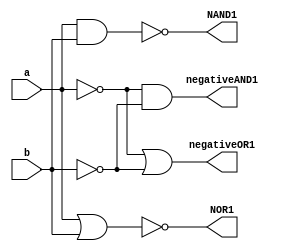
module deMorgan(
    input a,b,
    output NAND1,negativeOR1,NOR1,negativeAND1
);
    wire notA,notB;

    not(notA,a);
    not(notB,b);

    nand(NAND1,a,b);             // ~((a)(b))
    or(negativeOR1,notA,notB);   // (~a)+(~b)

    nor(NOR1,a,b);               // ~(a+b)
    and(negativeAND1,notA,notB); // (~a)(~b)
endmodule

module oneB( //AND Gate
    input a,b,
    output x
);
    wire notA,notB,notAOrnotB;

    not(notA,a);
    not(notB,b);
    or(notAOrnotB,notA,notB);
    not(x,notAOrnotB);
endmodule

module twoA( //AND Gate
    input a,b,
    output x
);
    wire nor1,nor2;

    nor(nor1,a,a);
    nor(nor2,b,b);
    nor(x,nor1,nor2);
endmodule

module twoB( //OR Gate
    input a,b,
    output x
);
    wire nand1,nand2;

    nand(nand1,a,a);
    nand(nand2,b,b);
    nand(x,nand1,nand2);
endmodule

module Experiment2;
    reg a,b;
    wire
        NAND1,negativeOR1,NOR1,negativeAND1,
        oneBresult,
        twoAresult,
        twoBresult
        ;
    deMorgan A1(a,b,NAND1,negativeOR1,NOR1,negativeAND1);
    oneB B1(a,b,oneBresult);
    twoA A2(a,b,twoAresult);
    twoB B2(a,b,twoBresult);

    initial
        begin
            $dumpfile("Experiment_2.vcd");
	        $dumpvars(-1, A1,B1,A2,B2);
	        $monitor("%b",  NAND1,negativeOR1,NOR1,negativeAND1,
                            oneBresult,
                            twoAresult,
                            twoBresult);
        end
    initial begin
        #1 $display("DeMorgan's Law");
        #1 $display("~((a)(b))");
        #1 a=0; b=0;
           $monitor("a=%b, b=%b, n=%b",a,b,NAND1);
        #1 a=0; b=1;
        #1 a=1; b=0;
        #1 a=1; b=1;

       
        #1 $display("(~a)+(~b)");
        #1 a=0; b=0;
           $monitor("a=%b, b=%b, n=%b",a,b,negativeOR1);
        #1 a=0; b=1;
        #1 a=1; b=0;
        #1 a=1; b=1;
        #1 if (NAND1==negativeOR1) begin
            $display("Therefore, ~((a)(b)) == (~a)+(~b)\n");
        end else begin
            $display("Therefore, ~((a)(b)) != (~a)+(~b)\n");
        end

        #1 $display("~(a+b)");
        #1 a=0; b=0;
           $monitor("a=%b, b=%b, n=%b",a,b,NOR1);
        #1 a=0; b=1;
        #1 a=1; b=0;
        #1 a=1; b=1;

        #1 $display("(~a)(~b)");
        #1 a=0; b=0;
           $monitor("a=%b, b=%b, n=%b",a,b,negativeAND1);
        #1 a=0; b=1;
        #1 a=1; b=0;
        #1 a=1; b=1;
        #1 if (NOR1==negativeAND1) begin
            $display("Therefore, ~(a+b) == (~a)(~b)\n");
        end else begin
            $display("Therefore, ~(a+b) != (~a)(~b)\n");
        end

        #1 $display("part 1B");
           $monitor("a=%b, b=%b, n=%b",a,b,oneBresult);
        #1 a=0; b=1;
        #1 a=1; b=0;
        #1 a=1; b=1;
        #1 $display("\npart 2A");
           $monitor("a=%b, b=%b, n=%b",a,b,twoAresult);
        #1 a=1; b=0;
        #1 a=0; b=1;
        #1 a=0; b=0;
        #1 $display("\npart 2B");
           $monitor("a=%b, b=%b, n=%b",a,b,twoBresult);
        #1 a=0; b=1;
        #1 a=1; b=0;
        #1 a=1; b=1;
        #1 $finish;
    end
endmodule